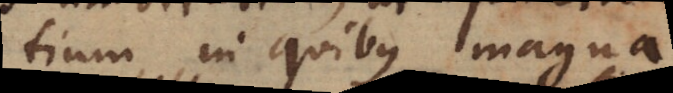
tium, in quibus magna